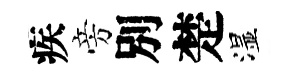
疾旁別楚湿